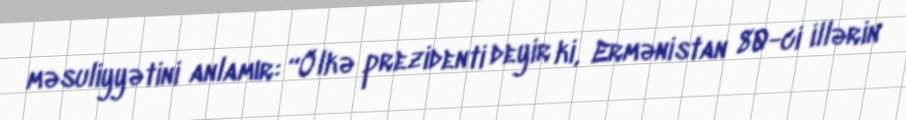
məsuliyyətini anlamır: “Ölkə prezidenti deyir ki, Ermənistan 80-ci illərin